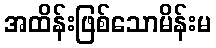
အထိန်းဖြစ်သောမိန်းမ